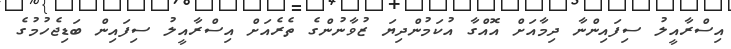
އިސްރާއީލު ސިފައިންނާ ދިމާއަށް އޮއްގާ އުކަމުންދިޔަ ޒުވާނުންގެ ތެރެއަށް އިސްރާއީލު ސިފައިން ބަޑިޖެހުމުގެ